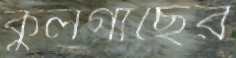
কুলগাছের